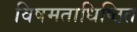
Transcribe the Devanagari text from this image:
विषमताधिष्ठित